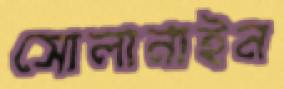
সোলানাইন